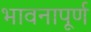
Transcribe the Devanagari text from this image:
भावनापूर्ण